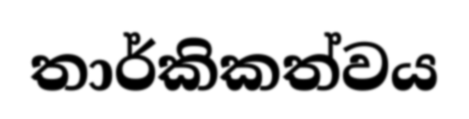
තාර්කිකත්වය